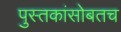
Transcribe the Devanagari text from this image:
पुस्तकांसोबतच